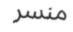
منسر